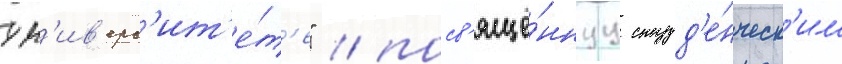
ун'ив'ерс'ит'е́т'е" / посв'ящё́ннуу студ'е́нческ'им